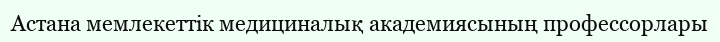
Астана мемлекеттік медициналық академиясының профессорлары